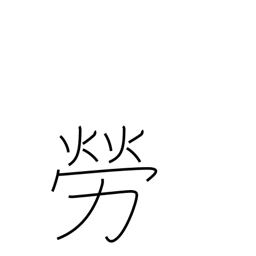
Meaning: thank for